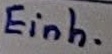
Text: Einh.